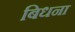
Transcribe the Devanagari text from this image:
बिधना